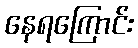
နေရကြောင်း